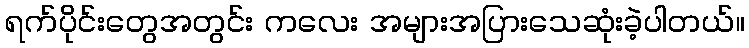
ရက်ပိုင်းတွေအတွင်း ကလေး အများအပြားသေဆုံးခဲ့ပါတယ်။